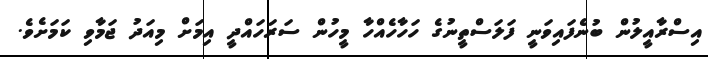
އިސްރާއީލުން ބުނެފައިވަނީ ފަލަސްތީނުގެ ހަހާހެއްހާ މީހުން ސަރަހައްދީ އިމަށް މިއަދު ޖަމާވި ކަމަށެވެ.